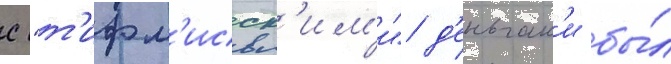
с "т'ифл'исск'им'и" д'еньгам'и бы́л